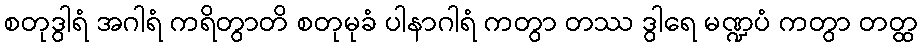
စတုဒွါရံ အဂါရံ ကရိတွာတိ စတုမုခံ ပါနာဂါရံ ကတွာ တဿ ဒွါရေ မဏ္ဍပံ ကတွာ တတ္ထ